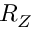
R _ { Z }